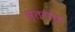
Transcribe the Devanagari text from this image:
स्तराचा